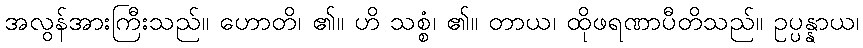
အလွန်အားကြီးသည်။ ဟောတိ၊ ၏။ ဟိ သစ္စံ၊ ၏။ တာယ၊ ထိုဖရဏာပီတိသည်။ ဥပ္ပန္နာယ၊